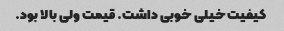
کیفیت خیلی خوبی داشت. قیمت ولی بالا بود.